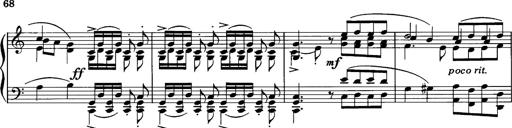
Title: La romanesca
Composer: Franz Liszt